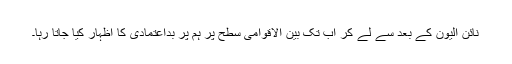
نائن الیون کے بعد سے لے کر اب تک بین الاقوامی سطح پر ہم پر بداعتمادی کا اظہار کیا جاتا رہا۔